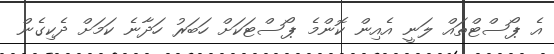
އެ ޕޯސްޓްތައް ލަނީ އެއިން ކޮންމެ ޕޯސްޓަކަށް ހަބަރު ހަދާނެ ކަމަށް ދެކިގެން